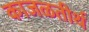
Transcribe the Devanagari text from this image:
काजळतीर्थ